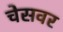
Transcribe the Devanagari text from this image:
चेसवर